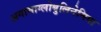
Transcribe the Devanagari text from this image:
अगामाग्लोबुलिनेमिया